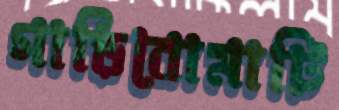
গাড়িবোমাটি